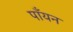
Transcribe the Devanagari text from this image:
पाँयन